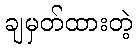
ချမှတ်ထားတဲ့